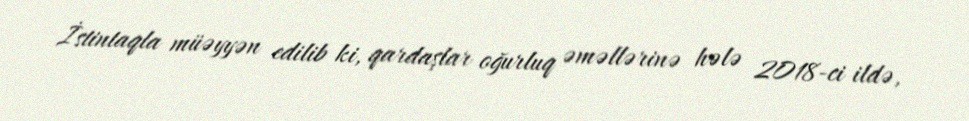
İstintaqla müəyyən edilib ki, qardaşlar oğurluq əməllərinə hələ 2018-ci ildə,